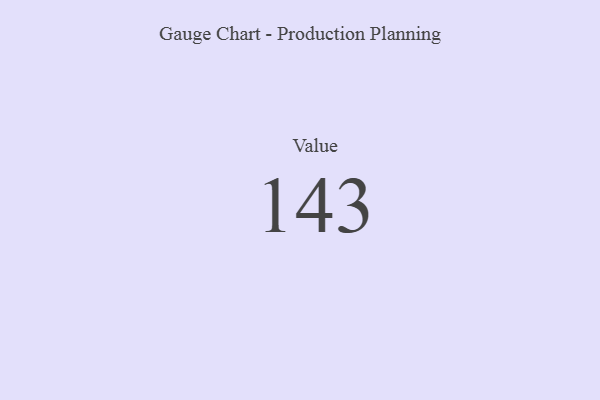
{"axis": {"x": "Metric", "y": "Value"}, "legend": [""], "data": [{"x": "Value", "y": 143, "type": ""}]}